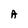
Character: A